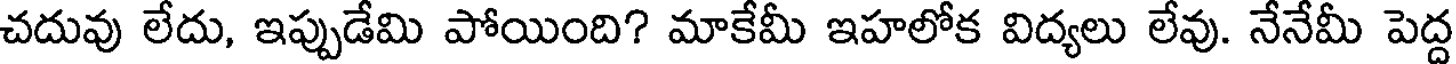
చదువు లేదు, ఇప్పుడేమి పోయింది? మాకేమీ ఇహలోక విద్యలు లేవు. నేనేమీ పెద్ద